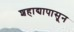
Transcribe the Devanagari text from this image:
शहाद्यापासून